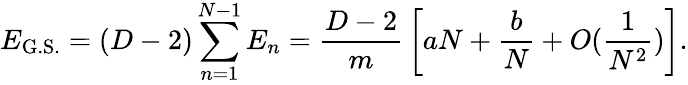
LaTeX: E_{\mathrm{G.S.}}=(D-2)\sum_{n=1}^{N-1}E_{n}={\frac{D-2}{m}}\left[aN+{\frac{b}{N}}+O({\frac{1}{N^{2}}})\right].